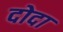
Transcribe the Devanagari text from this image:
दोदा